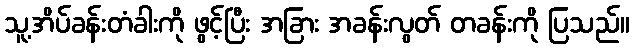
သူ့အိပ်ခန်းတံခါးကို ဖွင့်ပြီး အခြား အခန်းလွတ် တခန်းကို ပြသည်။